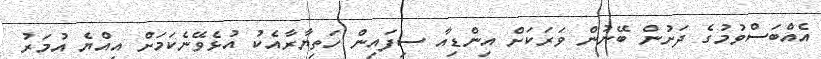
އެއްބަސްވުމުގެ ދަށުން ބޭނުން ވަރަކަށް އިންޑިއާ ސިފައިން ހަތިޔާރާއެކު އުޅެވޭނެކަމަށް އިއްޔެ އުމަރު